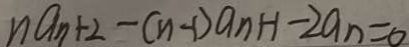
n a _ { n + 2 } - ( n - 1 ) a _ { n } + 1 - 2 a _ { n } = 0